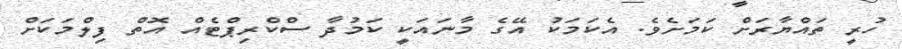
ހުރީ ތައްޔާރަށް ކަމަށެވެ. އެކަމަކު އޭގެ މާނައަކީ ކަމުދާ ސްކްރިޕްޓެއް އޮތް ފިލްމަކަށް